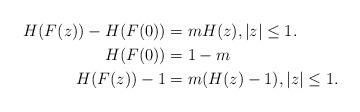
LaTeX: \begin{align*} H(F(z)) - H(F(0)) &= m H(z),|z|\le 1.\\ H(F(0)) &= 1-m\\ H(F(z)) - 1 &= m(H(z) - 1),|z|\le 1.\end{align*}